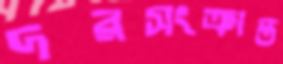
দরসংক্রান্ত